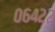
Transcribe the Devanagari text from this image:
०६४२२